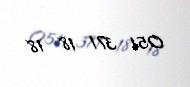
051 371 18 18